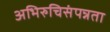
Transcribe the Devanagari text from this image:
अभिरुचिसंपन्नता